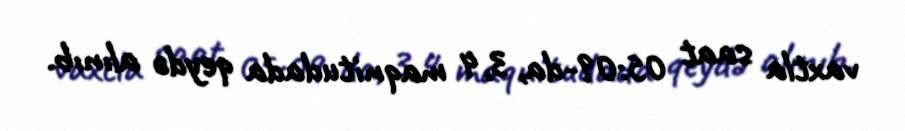
vaxtla saat 05:09-da, 3,4 maqnitudada qeydə alınıb.